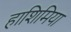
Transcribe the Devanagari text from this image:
हाशिमिया